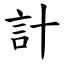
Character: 計